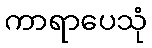
ကာရာပေသုံ